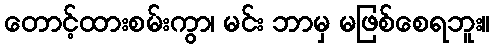
တောင့်ထားစမ်းကွာ၊ မင်း ဘာမှ မဖြစ်စေရဘူး။